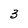
Character: 3